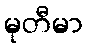
မုတီမာ